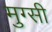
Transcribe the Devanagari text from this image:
मुग्सी